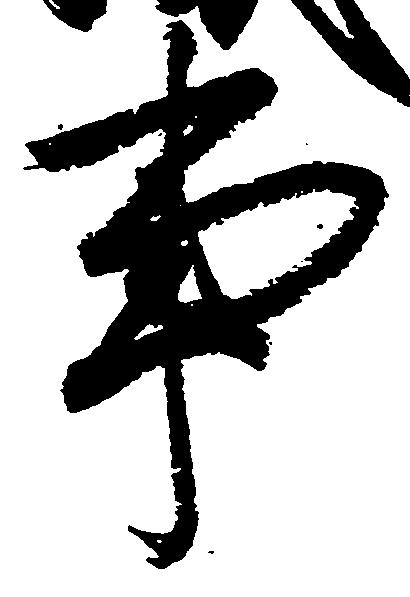
事